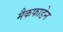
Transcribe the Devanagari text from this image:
मैकफाडेन